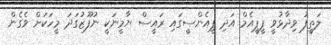
ލަތީފު ވިދާޅުވީ ޕީޕީއެމް އަދި ޕީއެންސީގައި ރައީސް ޔާމީނަކީ ނުފޫޒުގަދަ މީހަކަށް ވެގެން